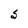
Character: S